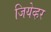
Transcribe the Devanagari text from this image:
जियेव्हर